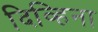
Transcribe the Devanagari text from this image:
दिव्हिना